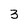
Character: 3